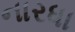
નારધા